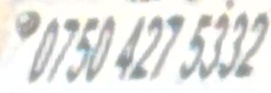
0750 427 5332